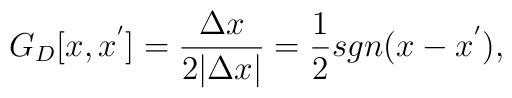
G_D[x,x^{'}] = \frac{\Delta x}{2 \vert \Delta x\vert} = \frac{1}{2}sgn ( x - x^{'}),